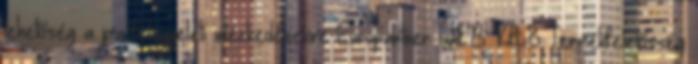
lehetőség a piacfelügyeleti intézkedésekre Europartner W&B Kft 8 Termékfelelősség